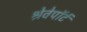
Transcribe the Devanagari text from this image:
श्रेवेपाॅर्ट